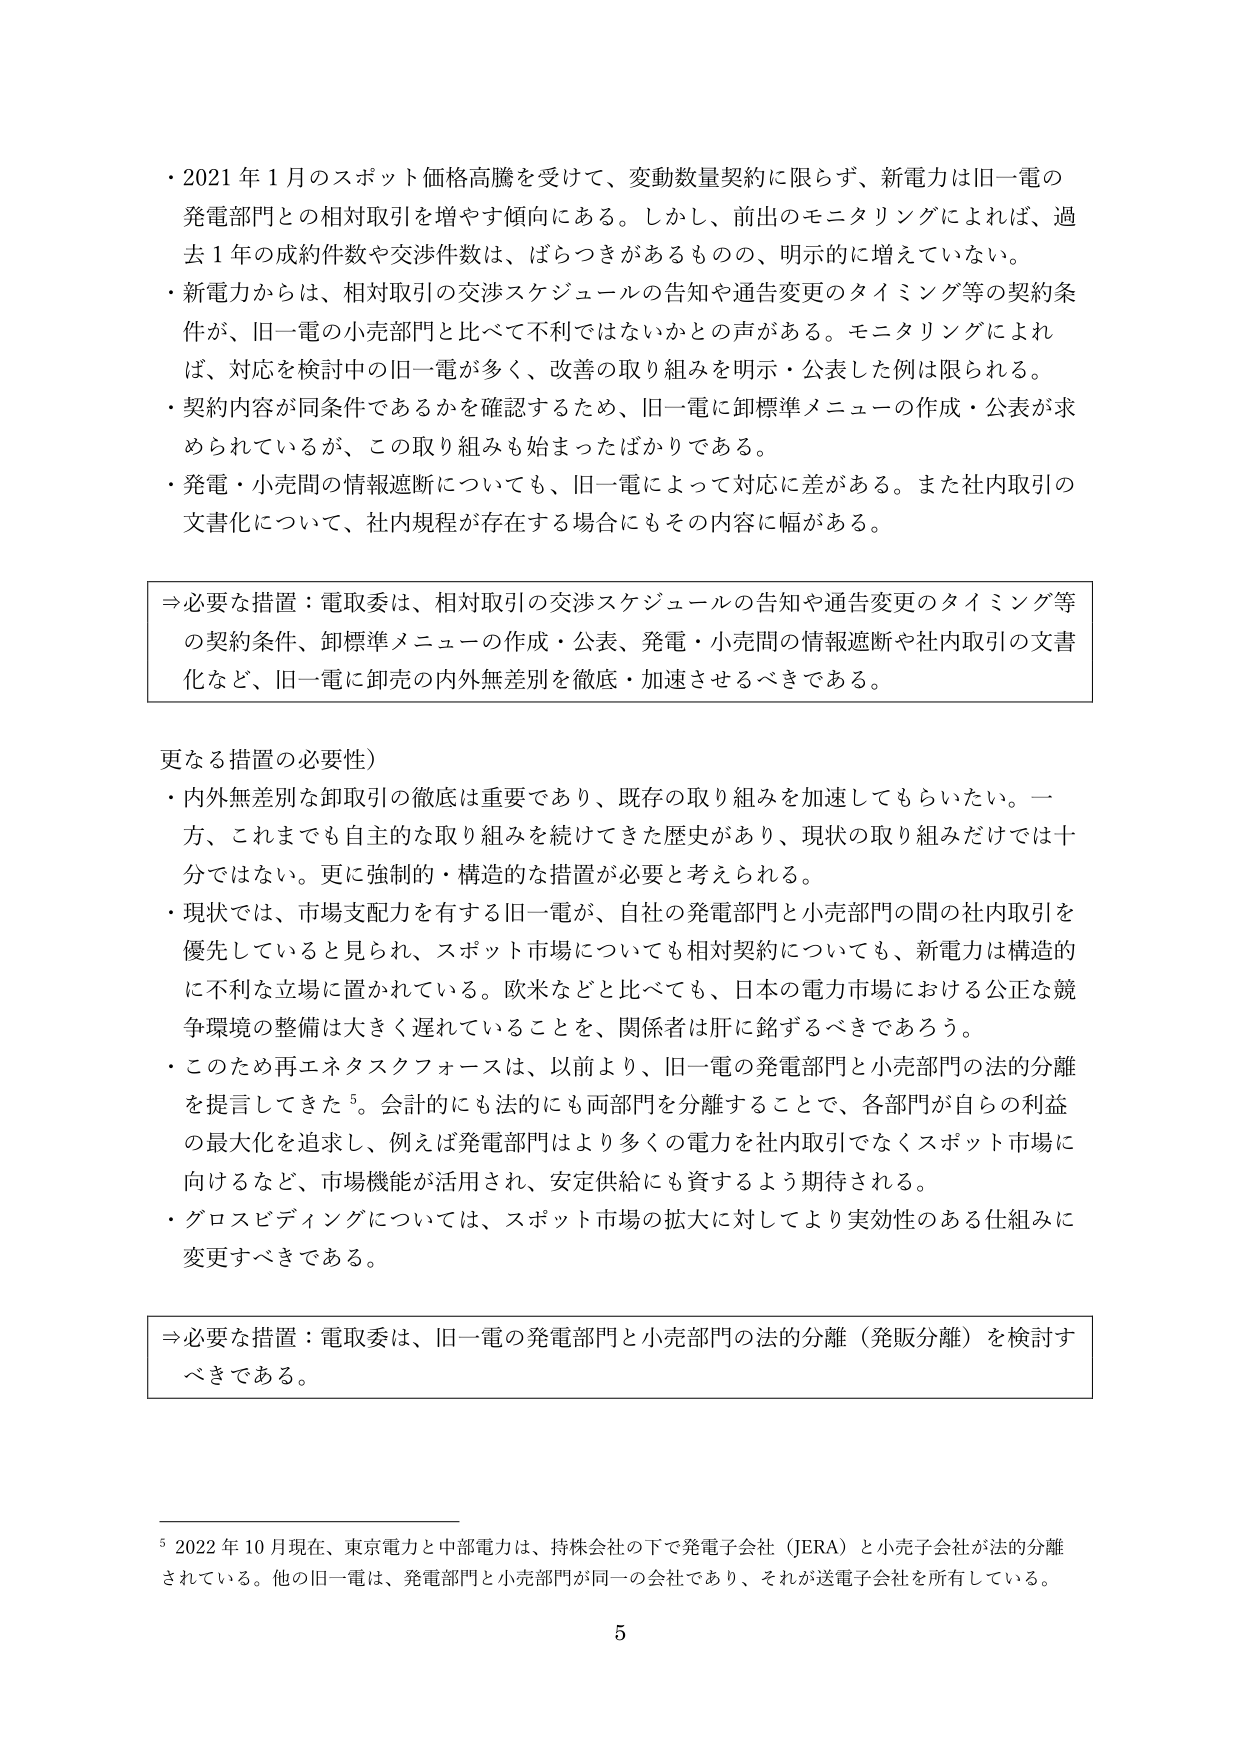
・2021年1月のスポット価格高騰を受けて、変動数量契約に限らず、新電力は旧一電の発電部門との相対取引を増やす傾向にある。しかし、前出のモニタリングによれば、過去1年の成約件数や交渉件数は、ばらつきがあるものの、明示的に増えていない。

・新電力からは、相対取引の交渉スケジュールの告知や通告変更のタイミング等の契約条件が、旧一電の小売部門と比べて不利ではないかとの声がある。モニタリングによれば、対応を検討中の旧一電が多く、改善の取り組みを明示・公表した例は限られる。

・契約内容が同条件であるかを確認するため、旧一電に卸標準メニューの作成・公表が求められているが、この取り組みも始まったばかりである。

・発電・小売間の情報遮断についても、旧一電によって対応に差がある。また社内取引の文書化について、社内規程が存在する場合にもその内容に幅がある。

⇒必要な措置：電取委は、相対取引の交渉スケジュールの告知や通告変更のタイミング等の契約条件、卸標準メニューの作成・公表、発電・小売間の情報遮断や社内取引の文書化など、旧一電に卸売の内外無差別を徹底・加速させるべきである。

更なる措置の必要性）

・内外無差別な卸取引の徹底は重要であり、既存の取り組みを加速してもらいたい。一方、これまでも自主的な取り組みを続けてきた歴史があり、現状の取り組みだけでは十分ではない。更に強制的・構造的な措置が必要と考えられる。

・現状では、市場支配力を有する旧一電が、自社の発電部門と小売部門の間の社内取引を優先していると見られ、スポット市場についても相対契約についても、新電力は構造的に不利な立場に置かれている。欧米などと比べても、日本の電力市場における公正な競争環境の整備は大きく遅れていることを、関係者は肝に銘ずるべきであろう。

・このため再エネタスクフォースは、以前より、旧一電の発電部門と小売部門の法的分離を提言してきた⁵。会計的にも法的にも両部門を分離することで、各部門が自らの利益の最大化を追求し、例えば発電部門はより多くの電力を社内取引でなくスポット市場に向けるなど、市場機能が活用され、安定供給にも資するよう期待される。

・グロスビディングについては、スポット市場の拡大に対してより実効性のある仕組みに変更すべきである。

⇒必要な措置：電取委は、旧一電の発電部門と小売部門の法的分離（発販分離）を検討すべきである。

⁵ 2022年10月現在、東京電力と中部電力は、持株会社の下で発電子会社（JERA）と小売子会社が法的分離されている。他の旧一電は、発電部門と小売部門が同一の会社であり、それが送電子会社を所有している。

5